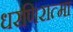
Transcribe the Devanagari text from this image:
धरणिरात्मा